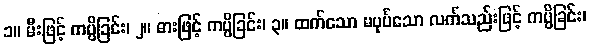
၁။ မီးဖြင့် ကပ္ပိခြင်း၊ ၂။ ဓားဖြင့် ကပ္ပိခြင်း၊ ၃။ ထက်သော မပုပ်သော လက်သည်းဖြင့် ကပ္ပိခြင်း၊